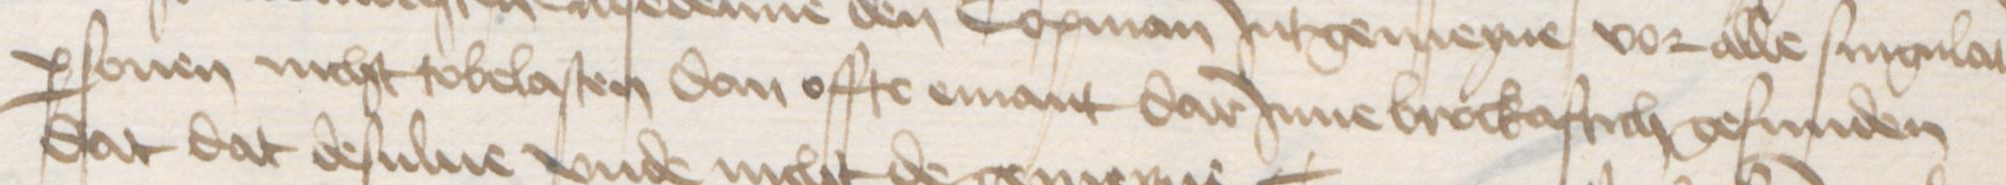
personen nicht tobelasten dan offte emant darJnne brockaftich gefunden